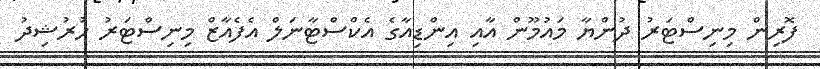
ފޮރިން މިނިސްޓަރު ދުންޔާ މައުމޫން އާއި އިންޑިއާގެ އެކްސްޓާނަލް އެފެއާޒް މިނިސްޓަރު ހުރުޝިދު